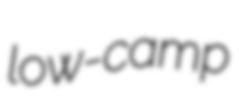
low-camp